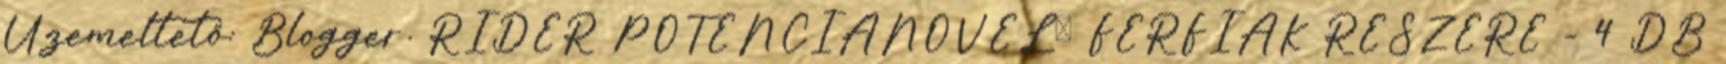
Üzemeltető: Blogger. RIDER POTENCIANÖVELŐ FÉRFIAK RÉSZÉRE - 4 DB